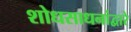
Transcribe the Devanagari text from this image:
शोधसाधनांद्वारे